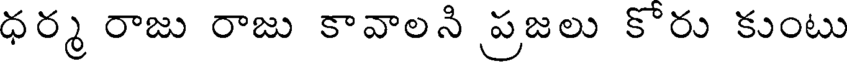
ధర్మ రాజు రాజు కావాలని ప్రజలు కోరు కుంటు